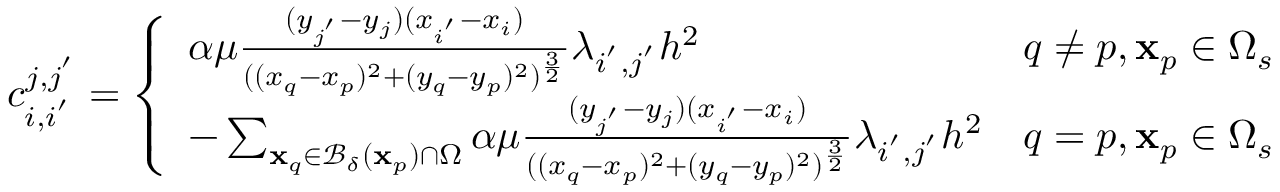
c _ { i , i ^ { ' } } ^ { j , j ^ { ' } } = \left\{ \begin{array} { l l } { \alpha \mu \frac { ( y _ { j ^ { ' } } - y _ { j } ) ( x _ { i ^ { ' } } - x _ { i } ) } { ( ( x _ { q } - x _ { p } ) ^ { 2 } + ( y _ { q } - y _ { p } ) ^ { 2 } ) ^ { \frac { 3 } { 2 } } } \lambda _ { i ^ { ' } , j ^ { ' } } h ^ { 2 } } & { q \neq p , \mathbf { x } _ { p } \in \Omega _ { s } } \\ { - \sum _ { \mathbf { x } _ { q } \in \mathcal { B _ { \delta } } ( \mathbf { x } _ { p } ) \cap \Omega } \alpha \mu \frac { ( y _ { j ^ { ' } } - y _ { j } ) ( x _ { i ^ { ' } } - x _ { i } ) } { ( ( x _ { q } - x _ { p } ) ^ { 2 } + ( y _ { q } - y _ { p } ) ^ { 2 } ) ^ { \frac { 3 } { 2 } } } \lambda _ { i ^ { ' } , j ^ { ' } } h ^ { 2 } } & { q = p , \mathbf { x } _ { p } \in \Omega _ { s } } \end{array} \right.